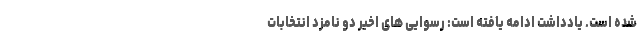
شده است. یادداشت ادامه یافته است: رسوایی های اخیر دو نامزد انتخابات